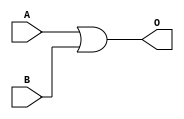
/* Mdulo OR de 32 bits.
Faz um bitwise OR entre dois valores de 32 bits, A e B.
Resultado vai para sada O. */
module Or32b (
    input [31:0] A, B,
    output [31:0] O
);
    assign O = A | B;

endmodule